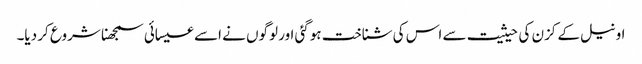
اونیل کے کزن کی حیثیت سے اس کی شناخت ہوگئی اور لوگوں نے اسے عیسائی سمجھنا شروع کر دیا۔